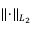
\lVert \cdot \rVert _ { L _ { 2 } }